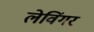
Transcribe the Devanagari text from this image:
लेविंगर